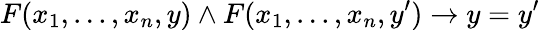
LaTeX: F(x_{1},...,x_{n},y)\land F(x_{1},...,x_{n},y^{\prime})\rightarrow y=y^{\prime}